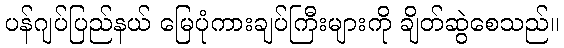
ပန်ဂျပ်ပြည်နယ် မြေပုံကားချပ်ကြီးများကို ချိတ်ဆွဲစေသည်။